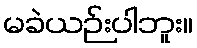
မခဲယဉ်းပါဘူး။